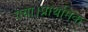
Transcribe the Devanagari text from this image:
गया।प्राथमिक